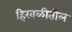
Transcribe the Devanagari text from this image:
हिरवळीतील